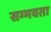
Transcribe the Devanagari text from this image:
सम्भवता